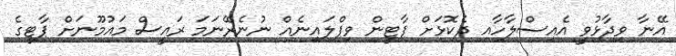
އޭނާ ވިދާޅުވީ އެއިސްލާހާއި ދެކޮޅަށް ޕާޓީން ވިޕްލައިނެއް ނުނެރޭނަމަ ރައީސް މައުމޫނަށް ޕާޓީގެ